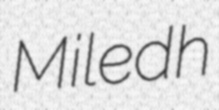
Miledh